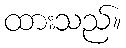
ထားသည်။